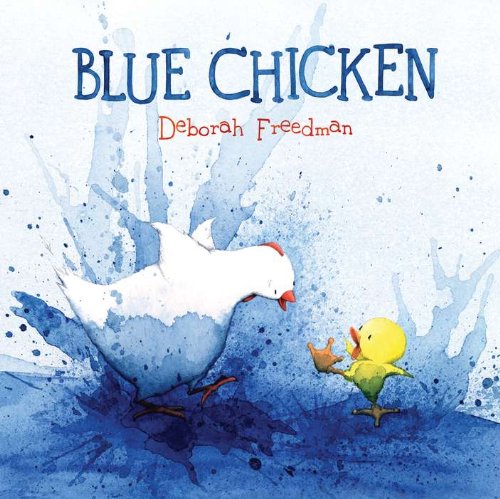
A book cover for Blue Chicken; Deborah Freedman; Children's Books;